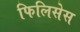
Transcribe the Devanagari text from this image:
फिलिसेस